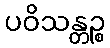
ပဝိသန္တဉ္စ